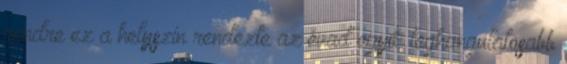
rendre ez a helyszín rendezte az évad egyik leghangulatosabb